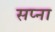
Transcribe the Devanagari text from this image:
सप्ना